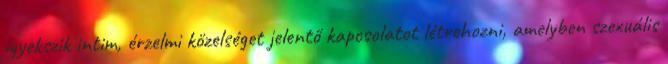
igyekszik intim, érzelmi közelséget jelentő kapcsolatot létrehozni, amelyben szexuális